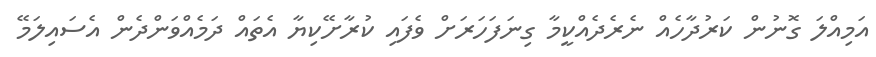
އަމިއްލަ ގޮނުން ކަރުދާހެއް ނެރެދެއްކީމާ ގިނަފަހަރަށް ވެފައި ކުރާށޭކިޔާ އެތައް ދަމެއްވަންދެން އެސައިލަމޭ